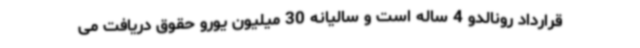
قرارداد رونالدو 4 ساله است و سالیانه 30 میلیون یورو حقوق دریافت می